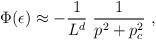
LaTeX: \begin{align*}\Phi(\epsilon)\approx -{1\over L^d}~{1\over{p^2+p_c^2}}~,\end{align*}